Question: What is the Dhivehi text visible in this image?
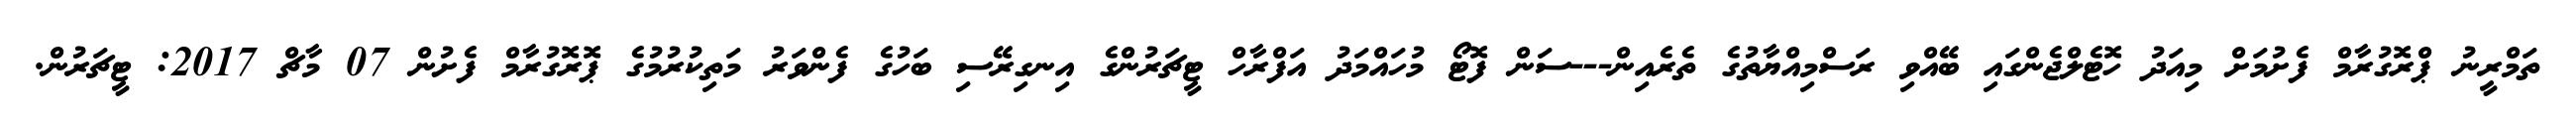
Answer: ތަމްރީނު ޕްރޮގުރާމް ފެށުމަށް މިއަދު ހޮޓެލްޖެންގައި ބޭއްވި ރަސްމިއްޔާތުގެ ތެރެއިން---ސަން ފޮޓޯ މުހައްމަދު އަފްރާހް ޓީޗަރުންގެ އިނގިރޭސި ބަހުގެ ފެންވަރު މަތިކުރުމުގެ ޕޮރޮގުރާމް ފެށުން 07 މާޗް 2017: ޓީޗަރުން.